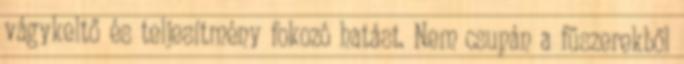
vágykeltő és teljesítmény fokozó hatást. Nem csupán a fűszerekből